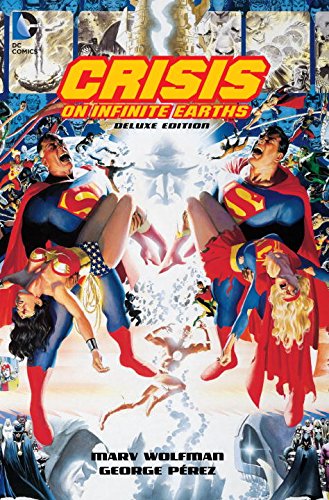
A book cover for Crisis On Infinite Earths 30th Anniversary Deluxe Edition; Marv Wolfman; Comics & Graphic Novels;